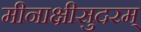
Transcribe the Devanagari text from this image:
मीनाक्षीसुदरम्